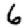
Digit: 6